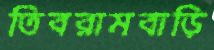
তিবরামবাড়ি